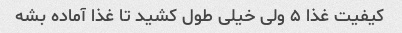
کیفیت غذا ۵ ولی خیلی طول کشید تا غذا آماده بشه